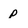
Character: p